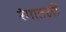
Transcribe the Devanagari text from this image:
रंगातली